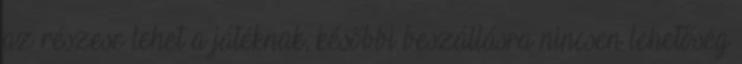
az részese lehet a játéknak, későbbi beszállásra nincsen lehetőség